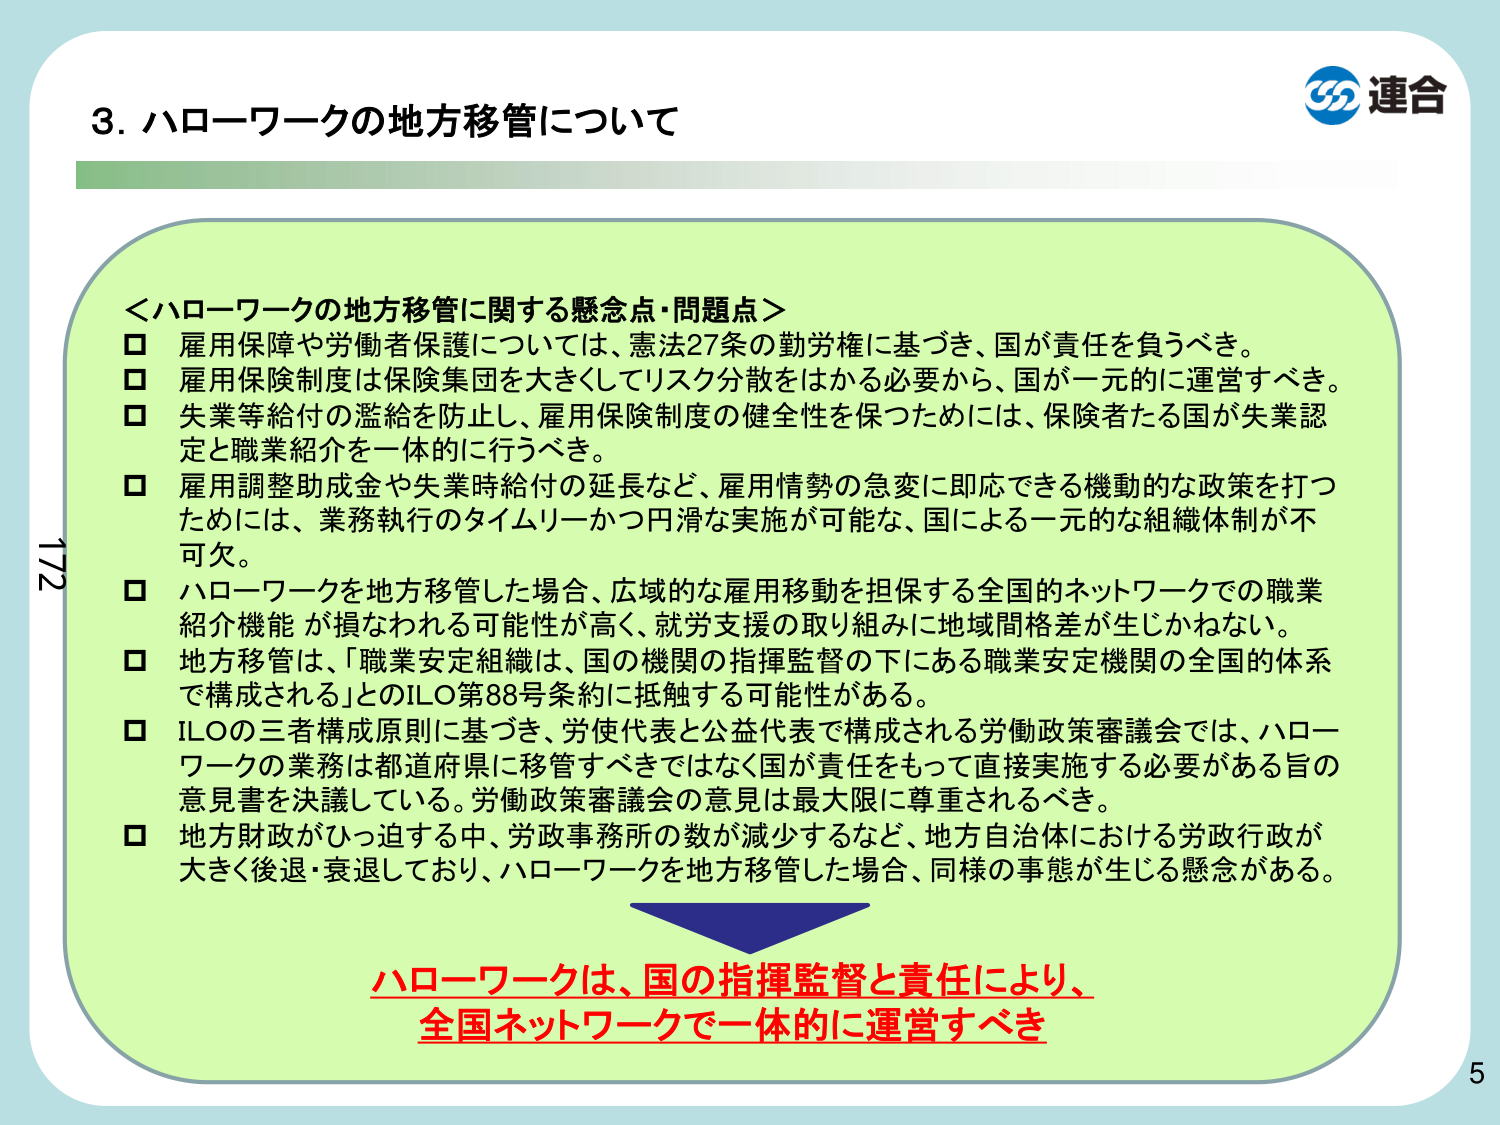
3. ハローワークの地方移管について

＜ハローワークの地方移管に関する懸念点・問題点＞
□ 雇用保障や労働者保護については、憲法27条の勤労権に基づき、国が責任を負うべき。
□ 雇用保険制度は保険集団を大きくしてリスク分散をはかる必要から、国が一元的に運営すべき。
□ 失業等給付の濫給を防止し、雇用保険制度の健全性を保つためには、保険者たる国が失業認定と職業紹介を一体的に行うべき。
□ 雇用調整助成金や失業時給付の延長など、雇用情勢の急変に即応できる機動的な政策を打つためには、業務執行のタイムリーかつ円滑な実施が可能な、国による一元的な組織体制が不可欠。
□ ハローワークを地方移管した場合、広域的な雇用移動を担保する全国的ネットワークでの職業紹介機能が損なわれる可能性が高く、就労支援の取り組みに地域間格差が生じかねない。
□ 地方移管は、「職業安定組織は、国の機関の指揮監督の下にある職業安定機関の全国的体系で構成される」とのILO第88号条約に抵触する可能性がある。
□ ILOの三者構成原則に基づき、労使代表と公益代表で構成される労働政策審議会では、ハローワークの業務は都道府県に移管すべきではなく国が責任をもって直接実施する必要がある旨の意見書を決議している。労働政策審議会の意見を最大限に尊重されるべき。
□ 地方財政がひっ迫する中、労政事務所の数が減少するなど、地方自治体における労政行政が大きく後退・衰退しており、ハローワークを地方移管した場合、同様の事態が生じる懸念がある。

ハローワークは、国の指揮監督と責任により、
全国ネットワークで一体的に運営すべき

連合

172
5